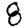
Digit: 8